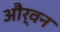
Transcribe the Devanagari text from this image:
और्वन